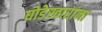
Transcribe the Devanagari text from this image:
घोडेस्वारांना